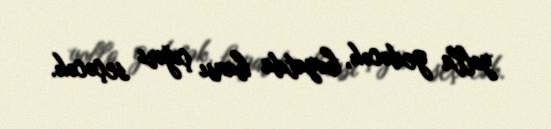
yolla gedəcək, həyatda hansı çığırı seçəcək.